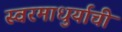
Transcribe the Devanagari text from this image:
स्वरमाधुर्याची